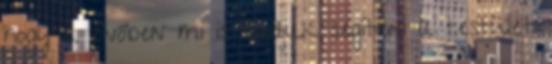
hogy a jövőben mi is tudjuk segíteni a testület